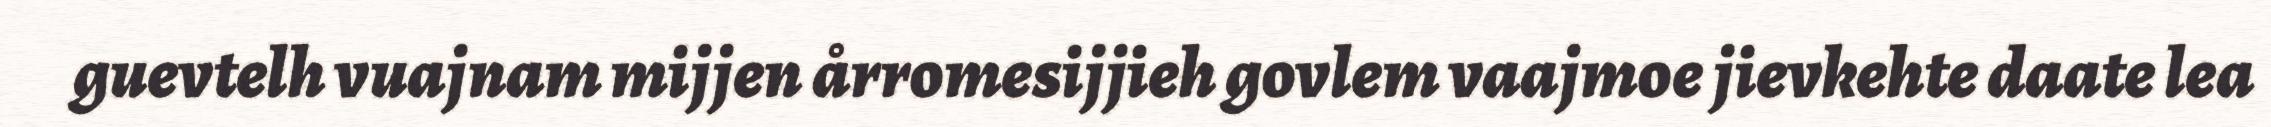
guevtelh vuajnam mijjen årromesijjieh govlem vaajmoe jievkehte daate lea